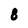
Character: 8